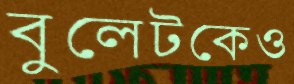
বুলেটকেও